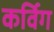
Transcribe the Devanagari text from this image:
कर्विग